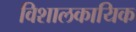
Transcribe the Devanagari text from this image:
विशालकायिक